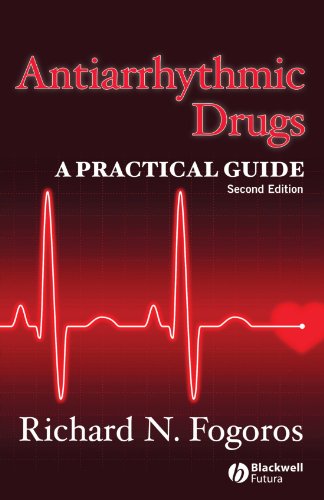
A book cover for Antiarrhythmic Drugs: A Practical Guide; Richard N. Fogoros MD; Medical Books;